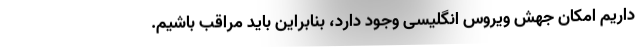
داریم امکان جهش ویروس انگلیسی وجود دارد، بنابراین باید مراقب باشیم.